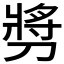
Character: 𫦔